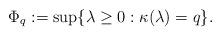
LaTeX: \begin{align*}\Phi_q := \sup \{ \lambda \geq 0: \kappa(\lambda) = q\}. \end{align*}